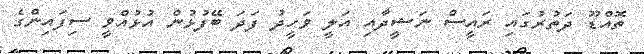
ތޮއްޑޫ ދަތުރުގައި ރައީސް ނަޝީދާއި އަލީ ވަހީދު ފަދަ ބޭފުޅުން އުޅުއްވީ ސިފައިންގެ